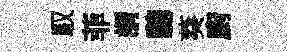
馭菲謂驄葵廚